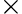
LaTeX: {\mathbf\times}